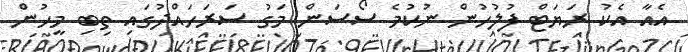
އެއާ އެކު ރަޔަޓް ފުލުހުން ނުކުމެ ސޯސަން މަގު ސަރަހައްދުގައި ތިބި މީހުން